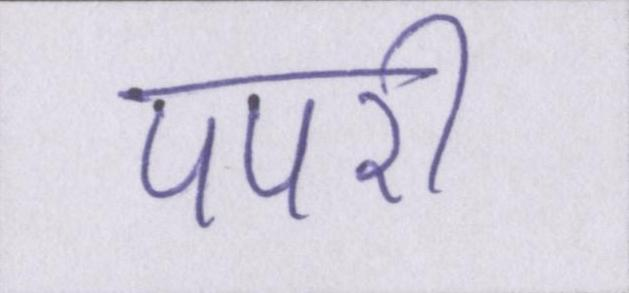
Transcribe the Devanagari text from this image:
पपरी